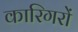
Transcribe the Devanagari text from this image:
कारिगरों